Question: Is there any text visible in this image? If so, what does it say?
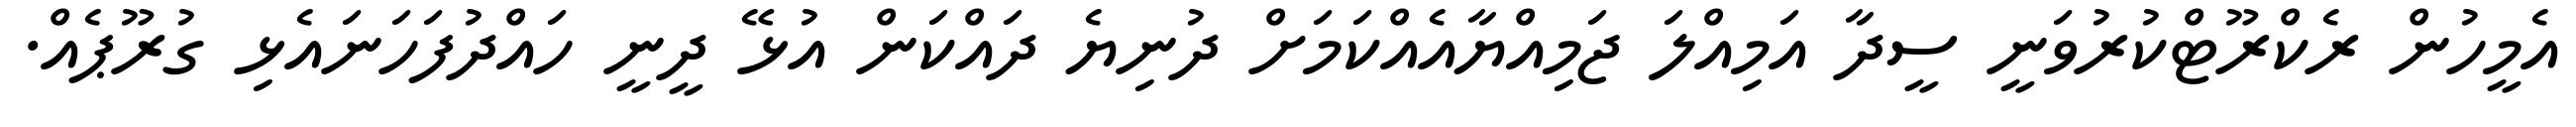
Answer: އެމީހުން ރެކްރޫޓްކުރުވަނީ ސީދާ އަމިއްލަ ޖަމިއްޔާއެއްކަމަށް ދުނިޔެ ދައްކަން އުޅޭ ދީނީ ހައްދުފަހަނައެޅި ގުރޫޕެއް.